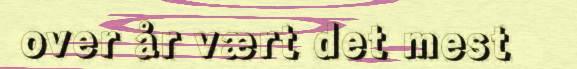
over år vært det mest